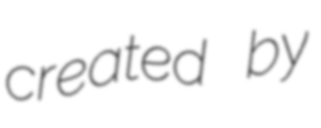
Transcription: created by